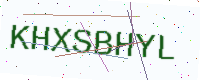
Text: KHXSBHYL